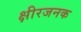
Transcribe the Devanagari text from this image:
क्षीरजनक